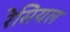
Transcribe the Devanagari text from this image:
रेसियल